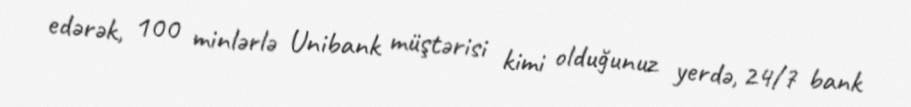
edərək, 100 minlərlə Unibank müştərisi kimi olduğunuz yerdə, 24/7 bank